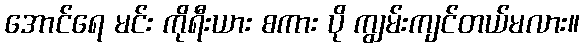
အောင်ရေ မင်း ကိုရီးယား စကား ပို ကျွမ်းကျင်တယ်မလား။